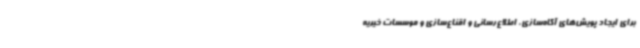
برای ایجاد پویش‌های آگاه‌سازی، اطلاع‌رسانی و اقناع‌سازی و موسسات خیریه